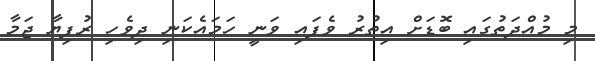
މި މުއްދަތުގައި ބޮޑަށް އިތުރު ވެފައި ވަނީ ހަމައެކަނި ދިވެހި ރުފިޔާ ޖަމާ